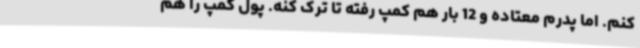
کنم. اما پدرم معتاده و 12 بار هم کمپ رفته تا ترک کنه. پول کمپ را هم